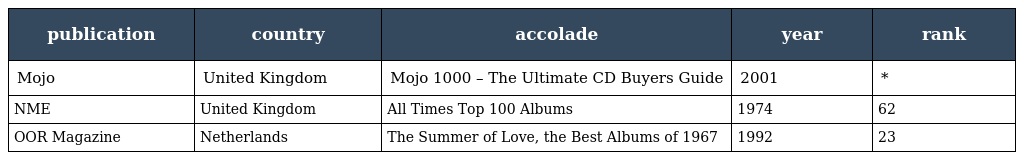
| publication | country | accolade | year | rank |
 | --- | --- | --- | --- | --- |
 | Mojo | United Kingdom | Mojo 1000 – The Ultimate CD Buyers Guide | 2001 | * |
 | NME | United Kingdom | All Times Top 100 Albums | 1974 | 62 |
 | OOR Magazine | Netherlands | The Summer of Love, the Best Albums of 1967 | 1992 | 23 |